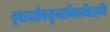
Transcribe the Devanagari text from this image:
द्वादशैवयुगानिकथितानि